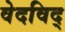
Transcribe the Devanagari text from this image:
वेदविद्